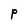
Character: P